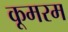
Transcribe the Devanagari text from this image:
कूमरम